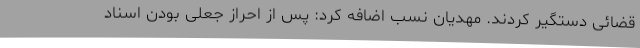
قضائی دستگیر کردند. مهدیان نسب اضافه کرد: پس از احراز جعلی بودن اسناد